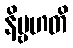
နိဗ္ဗဟတိ